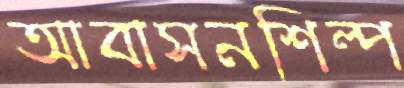
আবাসনশিল্প